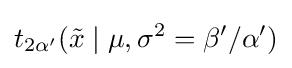
t_{2\alpha '}({\tilde {x}}\mid \mu ,\sigma ^{2}=\beta '/\alpha ')